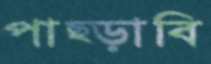
পাছ্‌ড়াবি